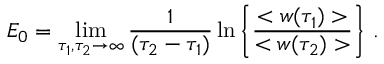
E _ { 0 } = \operatorname * { l i m } _ { \tau _ { 1 } , \tau _ { 2 } \to \infty } { \frac { 1 } { ( \tau _ { 2 } - \tau _ { 1 } ) } } \ln \Bigg \{ { \frac { < w ( \tau _ { 1 } ) > } { < w ( \tau _ { 2 } ) > } } \Bigg \} \ .